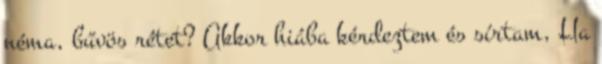
néma, bűvös rétet? Akkor hiába kérdeztem és sírtam, Ha